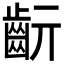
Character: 𪗞